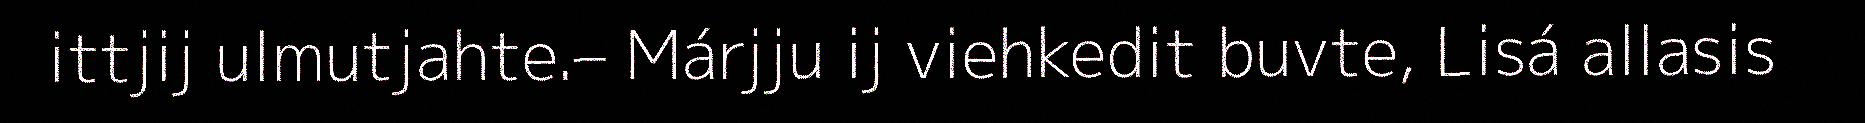
ittjij ulmutjahte.– Márjju ij viehkedit buvte, Lisá allasis